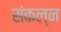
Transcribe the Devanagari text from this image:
संकल्न